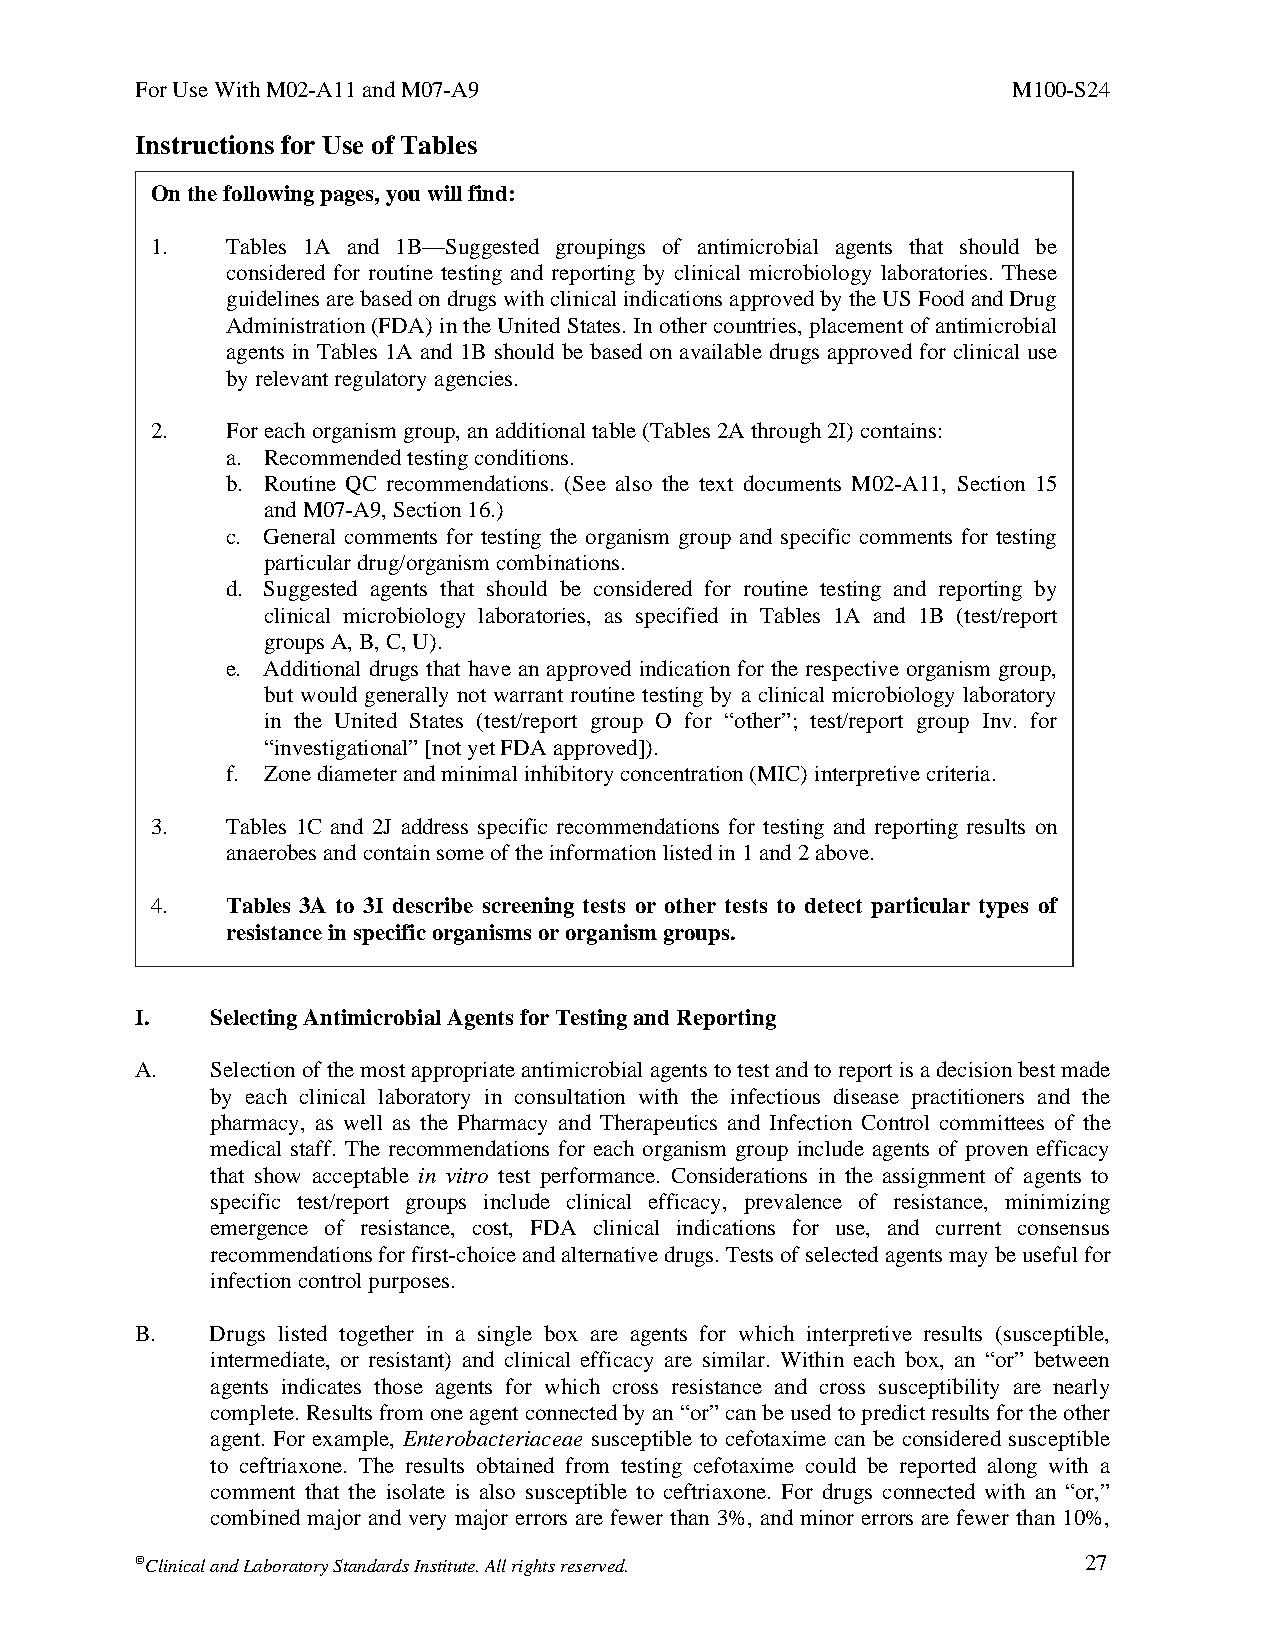
For Use With M02-A11 and M07-A9                           M100-S24
 Instructions for Use of Tables
 On the following pages, you will find:
 1.   Tables 1A and 1B—Suggested groupings of antimicrobial agents that should be
 considered for routine testing and reporting by clinical microbiology laboratories. These
 guidelines are based on drugs with clinical indications approved by the US Food and Drug
 Administration (FDA) in the United States. In other countries, placement of antimicrobial
 agents in Tables 1A and 1B should be based on available drugs approved for clinical use
 by relevant regulatory agencies.
 2.   For each organism group, an additional table (Tables 2A through 2I) contains:
 a. Recommended testing conditions.
 b. Routine QC recommendations. (See also the text documents M02-A11, Section 15
 and M07-A9, Section 16.)
 c. General comments for testing the organism group and specific comments for testing
 particular drug/organism combinations.
 d. Suggested agents that should be considered for routine testing and reporting by
 clinical microbiology laboratories, as specified in Tables 1A and 1B (test/report
 groups A, B, C, U).
 e. Additional drugs that have an approved indication for the respective organism group,
 but would generally not warrant routine testing by a clinical microbiology laboratory
 in the United States (test/report group O for “other”; test/report group Inv. for
 “investigational” [not yet FDA approved]).
 f. Zone diameter and minimal inhibitory concentration (MIC) interpretive criteria.
 3.   Tables 1C and 2J address specific recommendations for testing and reporting results on
 anaerobes and contain some of the information listed in 1 and 2 above.
 4.   Tables 3A to 3I describe screening tests or other tests to detect particular types of
 resistance in specific organisms or organism groups.
 I.   Selecting Antimicrobial Agents for Testing and Reporting
 A.   Selection of the most appropriate antimicrobial agents to test and to report is a decision best made
 by each clinical laboratory in consultation with the infectious disease practitioners and the
 pharmacy, as well as the Pharmacy and Therapeutics and Infection Control committees of the
 medical staff. The recommendations for each organism group include agents of proven efficacy
 that show acceptable in vitro test performance. Considerations in the assignment of agents to
 specific test/report groups include clinical efficacy, prevalence of resistance, minimizing
 emergence of resistance, cost, FDA clinical indications for use, and current consensus
 recommendations for first-choice and alternative drugs. Tests of selected agents may be useful for
 infection control purposes.
 B.   Drugs listed together in a single box are agents for which interpretive results (susceptible,
 intermediate, or resistant) and clinical efficacy are similar. Within each box, an “or” between
 agents indicates those agents for which cross resistance and cross susceptibility are nearly
 complete. Results from one agent connected by an “or” can be used to predict results for the other
 agent. For example, Enterobacteriaceae susceptible to cefotaxime can be considered susceptible
 to ceftriaxone. The results obtained from testing cefotaxime could be reported along with a
 comment that the isolate is also susceptible to ceftriaxone. For drugs connected with an “or,”
 combined major and very major errors are fewer than 3%, and minor errors are fewer than 10%,
 Clinical and Laboratory Standards Institute. All rights reserved. 27
 Thisdocumentisprotectedbycopyright.
 PublishedOn1/1/2014.